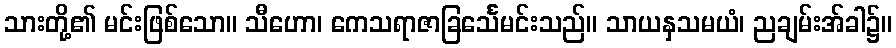
သားတို့၏ မင်းဖြစ်သော။ သီဟော၊ ကေသရာဇာခြင်္သေမင်းသည်။ သာယနှသမယံ၊ ညချမ်းအ်ခါ၌။